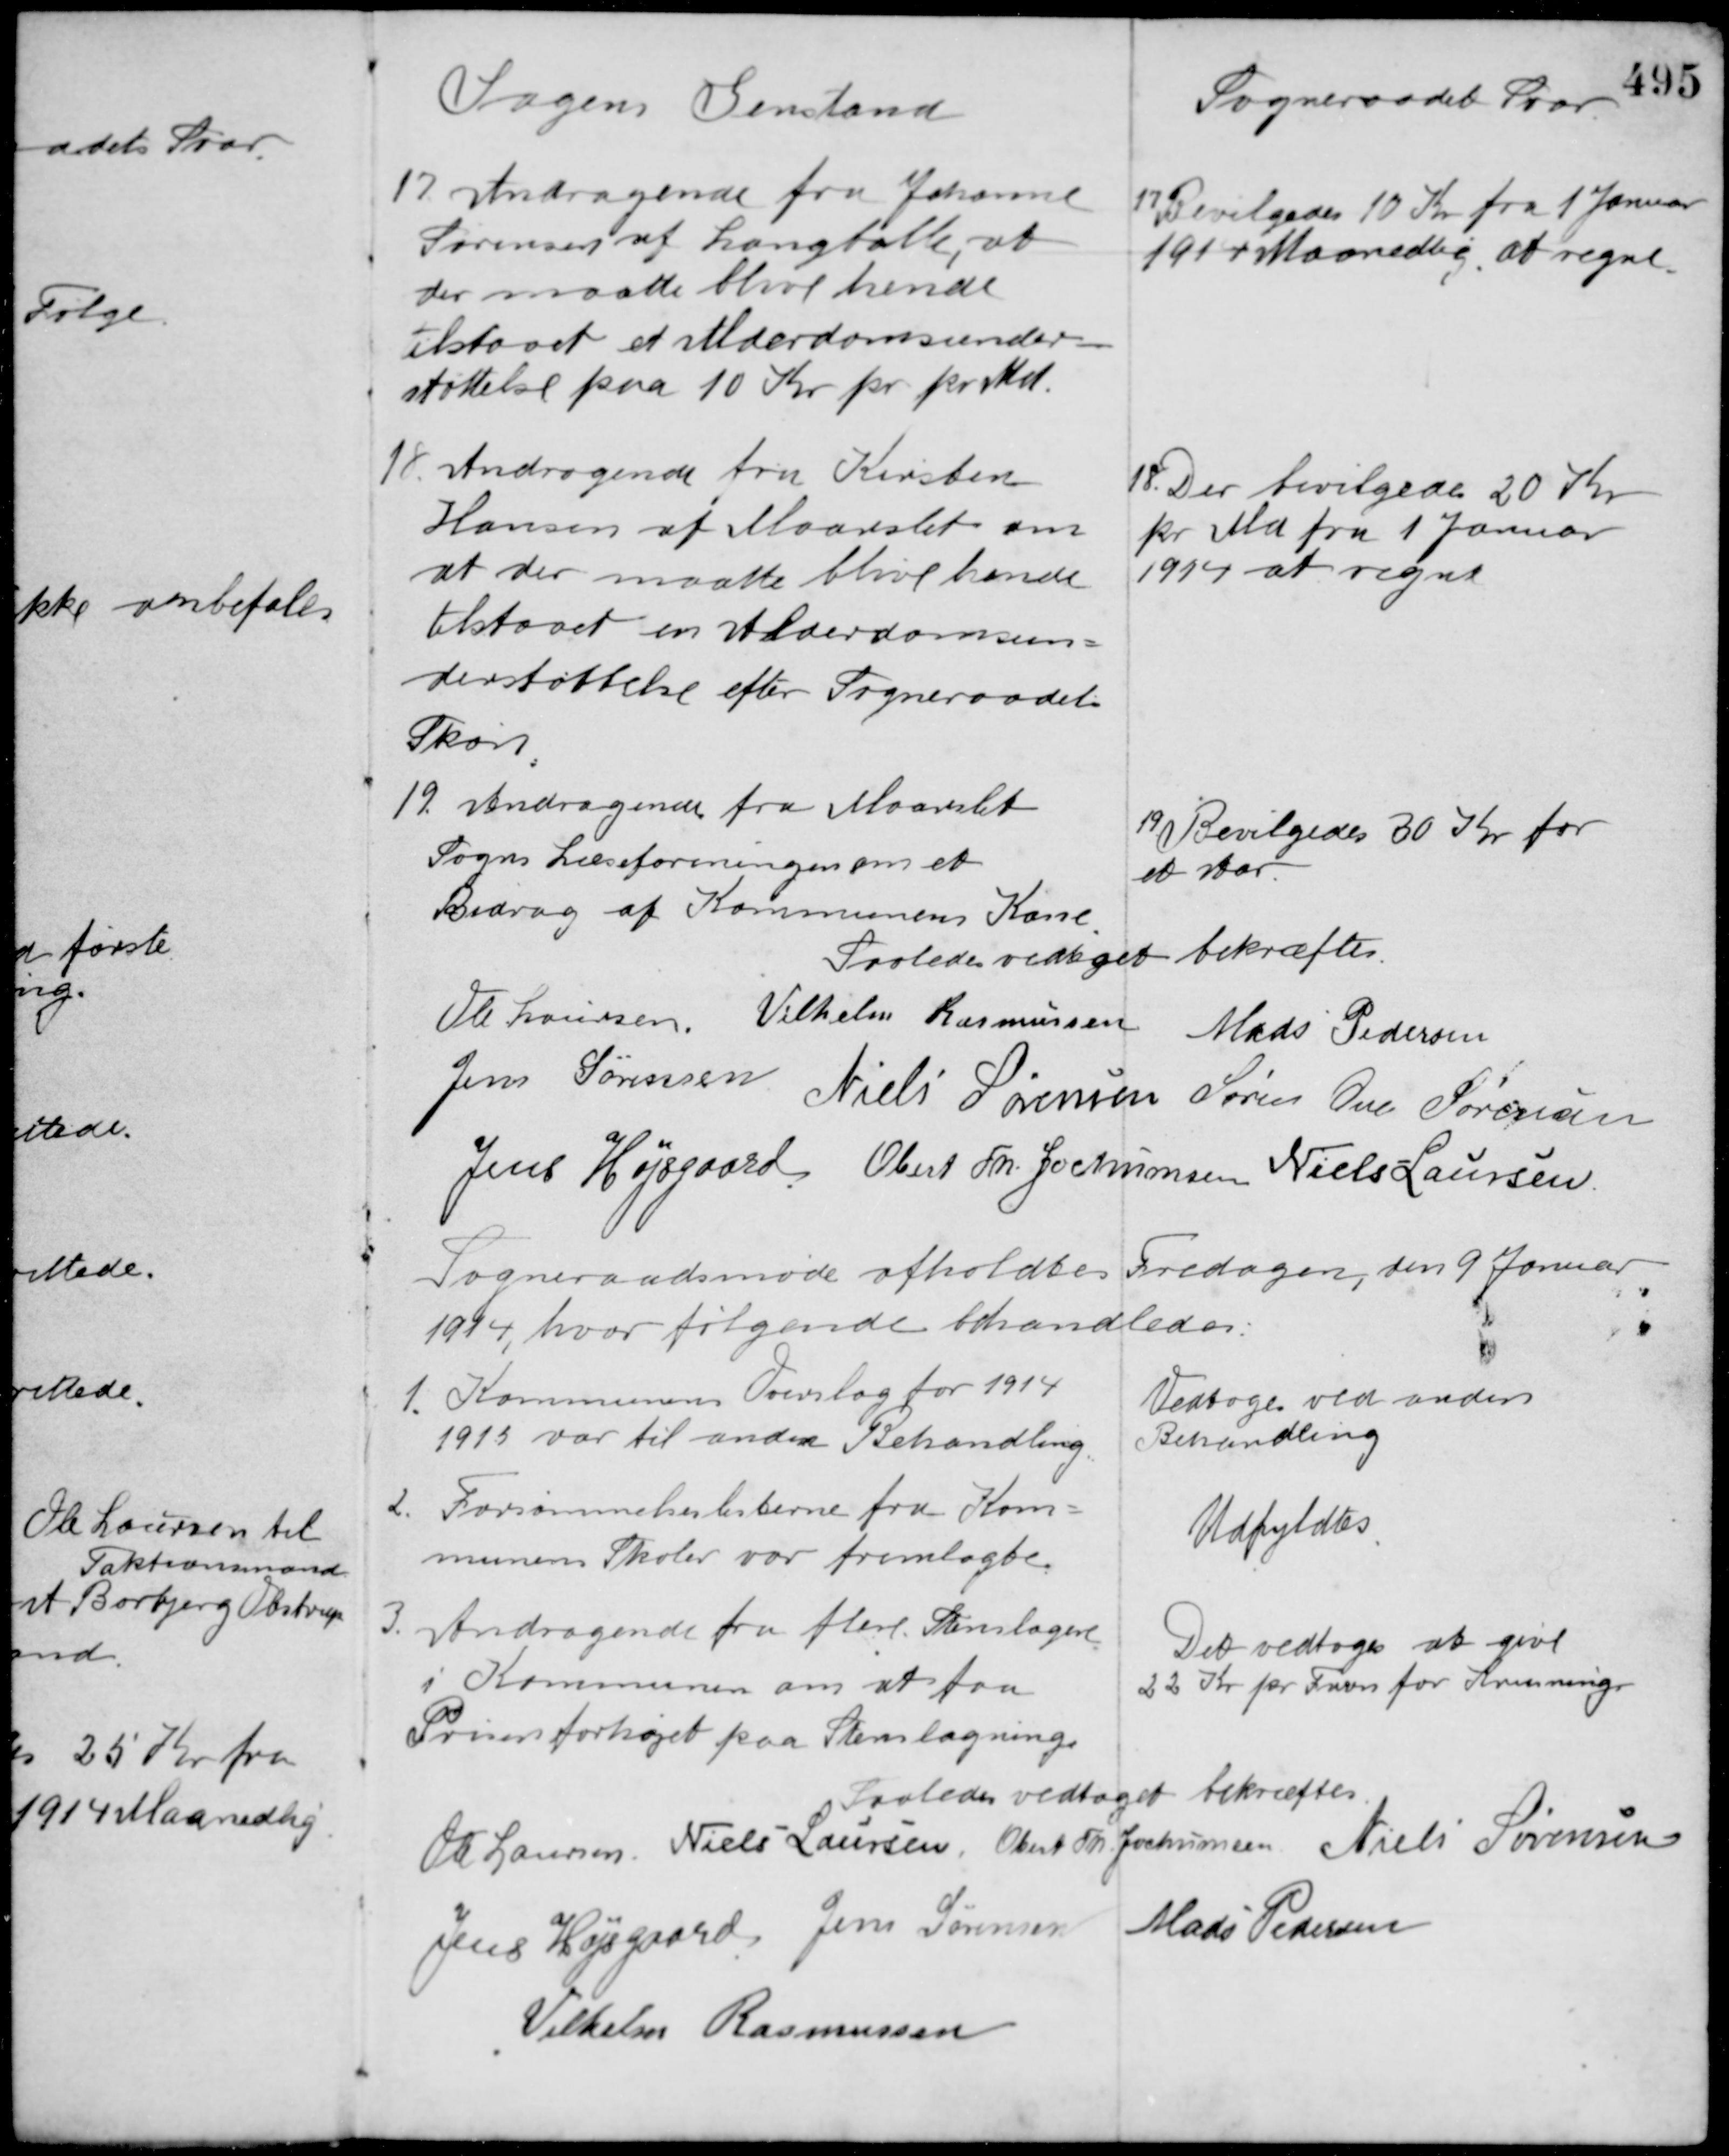
Transskription:
Sagens Genstand

Sogneraadets Svar

17. Andragende fra Johanne
Sørensen af Langballe, at
der maatte blive hende
tilstaaet et Alderdomsunder-
støttelse paa 10 Kr. pr. pr. Md.

17 Bevilgedes 10 Kr. fra 1 Januar
1914 Maanedlig at regne.

18. Andragende fra Kirsten
Hansen af Maarslet om
at der maatte blive hende
tilstaaet en Alderdomsun-
derstøttelse efter Sogneraadets
Skøn.

18. Der bevilgedes 20 Kr.
pr. Md. fra 1 Januar
1914 at regne.

19. Andragende fra Maarslet
Sogns Læseforeningen om et
Bidrag af Kommunens Kasse.

19 Bevilgedes 30 Kr. for
et Aar.

Saaledes vedtaget bekræftes
Ole Laursen Vilhelm Rasmussen Mads Pedersen
Jens Sørensen Niels Sørensen Søren Ove Sørensen
Jens Højsgaard Obert Th. Jochumsen Niels Laursen

Sogneraadsmøde afholdtes Fredagen, den 9 Januar
1914, hvor følgende forhandledes:

1. Kommunens Overslag for 1914
1915 var til anden Behandling.

Vedtoges ved anden
Behandling

2. Forsømmelseslisterne fra Kom-
munens Skoler var fremlagte.

Udfyldtes

3. Andragende fra flere Stenslagere
i Kommunen om at faa
Prisen forhøjet paa Stenslagning.

Det vedtoges at give
22 Kr. pr. Favn for Knusning.

Saaledes vedtaget bekræftes
Ole Laursen Niels Laursen Obert Th. Jochumsen Niels Sørensen
Jens Højsgaard Jens Sørensen
Mads Pedersen
Vilhelm Rasmussen